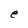
Character: e